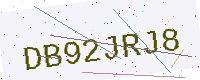
Text: DB92JRJ8